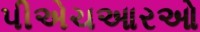
પીએચઆરઓ